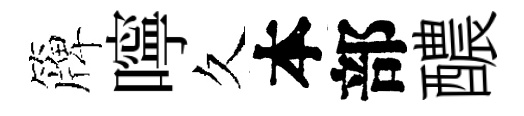
簰嚀久本部醲